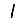
Digit: 1